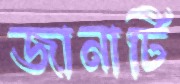
জানাটি